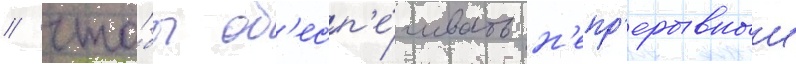
/ что́бы об'есп'е́чивать н'епр'ерывныи